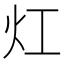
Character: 灴